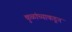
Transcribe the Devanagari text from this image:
कुळांच्याकडून